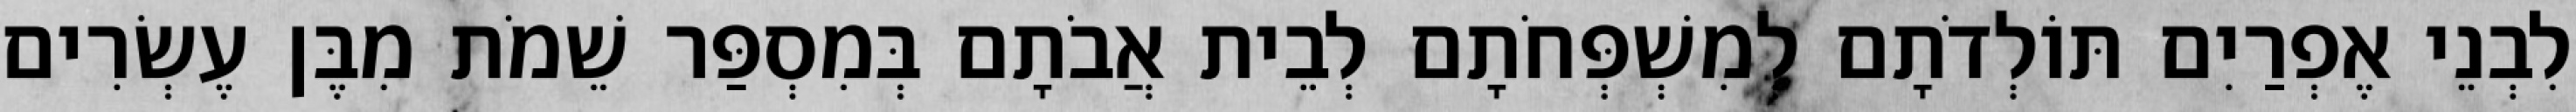
לִבְנֵי אֶפְרַיִם תּוֹלְדֹתָם לְמִשְׁפְּחֹתָם לְבֵית אֲבֹתָם בְּמִסְפַּר שֵׁמֹת מִבֶּן עֶשְׂרִים